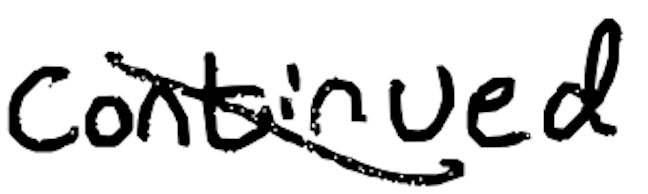
Text: continued
Cross-out: diagonal
Writing tool: digital_black